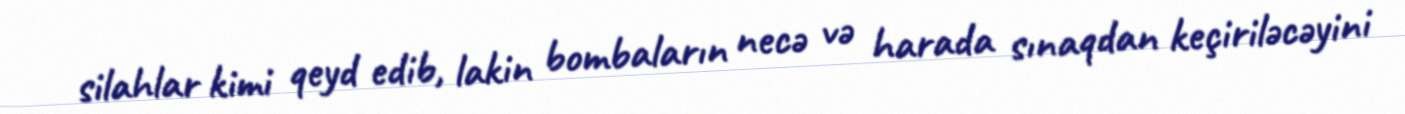
silahlar kimi qeyd edib, lakin bombaların necə və harada sınaqdan keçiriləcəyini